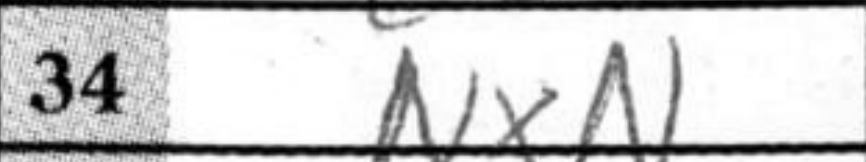
Transcription: NxN